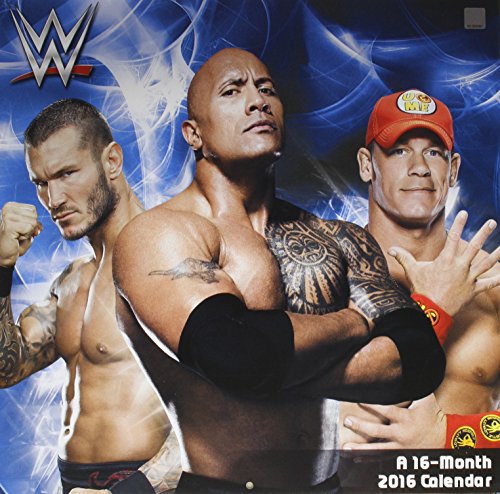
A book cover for WWE 2016 Calendar; Calendars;